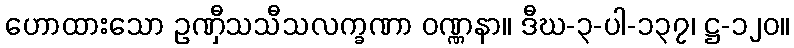
ဟောထားသော ဥဏှီသသီသလက္ခဏာ ဝဏ္ဏနာ။ ဒီဃ-၃-ပါ-၁၃၇၊ ဋ္ဌ-၁၂၀။